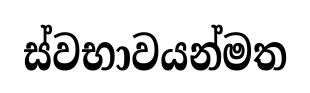
ස්වභාවයන්මත